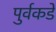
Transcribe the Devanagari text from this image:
पुर्वकडे